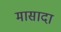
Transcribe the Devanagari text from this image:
मासादा